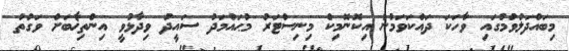
މިބައްދަލުވުމުގައި ވާހަކަ ދައްކަވަމުން އިކޮނޮމިކް މިނިސްޓަރު މުޙައްމަދު ސައީދު ވިދާޅުވީ އިންތިޚާބަށް ވަގުތު